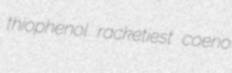
thiophenol racketiest coeno